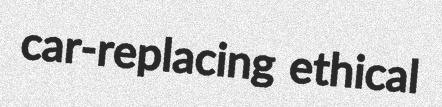
car-replacing ethical